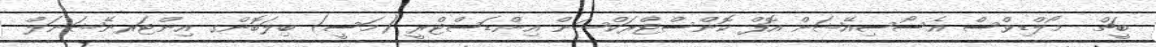
ބީޗް  މޯލްޑިވްސް އެސޯސިއޭޝަން އޮފް ކޮންސްޓްރަކްޝަން އިންޑަސްޓްރީ (މަސީ) ބިލަބޮންގ އިންޓަރނޭޝަނަލް